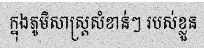
ក្នុងភូមិសាស្ត្រសំខាន់ៗ របស់ខ្លួន